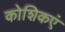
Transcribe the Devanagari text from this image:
कोशिकएं